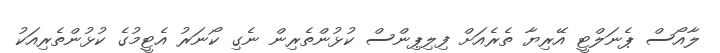
ލާއޯސް ޕެނަލްޓީ އޭރިޔާ ތެރެއަށް ފިލިޕިންސް ކުޅުންތެރިން ނެގި ކޯނަރު އެޓީމުގެ ކުޅުންތެރިއަކު